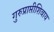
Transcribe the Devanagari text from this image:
गुरुप्राप्तीशिवाय